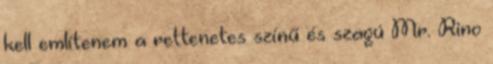
kell említenem a rettenetes színű és szagú Mr. Rino